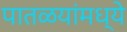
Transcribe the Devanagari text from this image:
पातळयांमध्ये